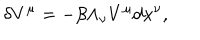
\delta V ^ { \mu } = - \beta \Lambda _ { \nu } V ^ { \mu } d x ^ { \nu } ,